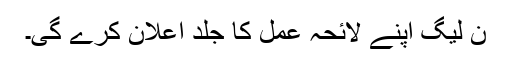
ن لیگ اپنے لائحہ عمل کا جلد اعلان کرے گی۔